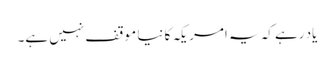
یاد رہے کہ یہ امریکہ کا نیا موقف نہیں ہے۔